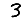
Digit: 3